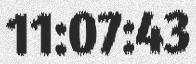
11:07:43